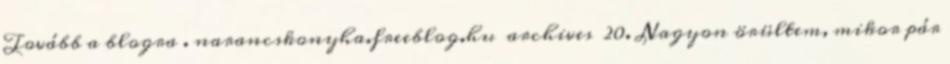
Tovább a blogra . narancskonyha.freeblog.hu archives 20. Nagyon örültem, mikor pár